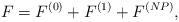
LaTeX: \begin{align*}F=F^{(0)}+F^{(1)}+F^{(NP)}, \end{align*}